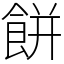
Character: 餅